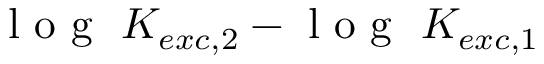
\mathrm { ~ l ~ o ~ g ~ } ~ K _ { e x c , 2 } - \mathrm { ~ l ~ o ~ g ~ } ~ K _ { e x c , 1 }